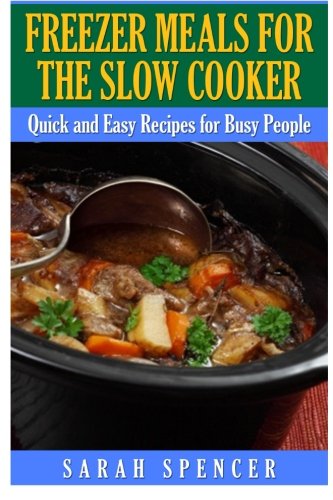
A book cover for Freezer Meals for the Slow Cooker; Sarah Spencer; Cookbooks, Food & Wine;